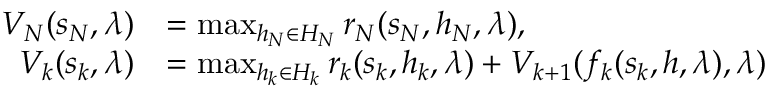
\begin{array} { r l } { V _ { N } ( s _ { N } , \lambda ) } & { = \operatorname* { m a x } _ { h _ { N } \in H _ { N } } r _ { N } ( s _ { N } , h _ { N } , \lambda ) , } \\ { V _ { k } ( s _ { k } , \lambda ) } & { = \operatorname* { m a x } _ { h _ { k } \in H _ { k } } r _ { k } ( s _ { k } , h _ { k } , \lambda ) + V _ { k + 1 } ( f _ { k } ( s _ { k } , h , \lambda ) , \lambda ) } \end{array}